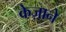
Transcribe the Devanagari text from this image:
केज़ाने